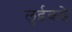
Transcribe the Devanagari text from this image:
लुईकडे